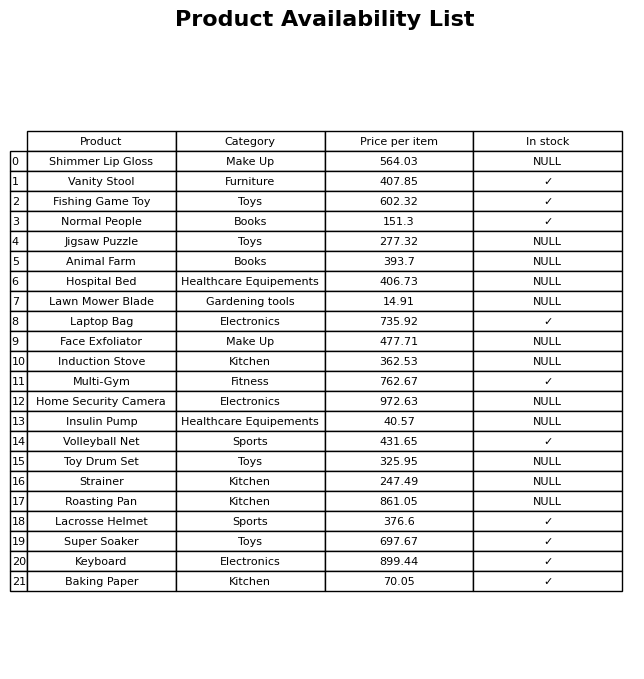
question: What is the stock status of the Animal Farm?
answer: NULL